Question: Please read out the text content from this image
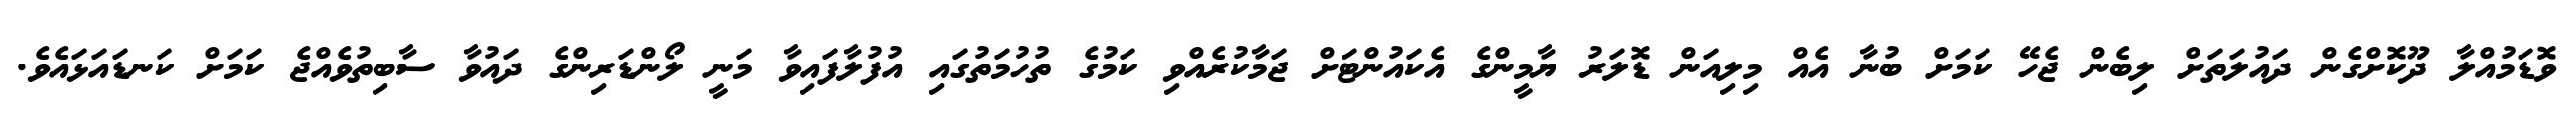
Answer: ވޮޑަމުއްލާ ދޫކޮށްގެން ދައުލަތަށް ލިބެން ޖެހޭ ކަމަށް ބުނާ އެއް މިލިއަން ޑޮލަރު ޔާމީންގެ އެކައުންޓަށް ޖަމާކުރެއްވި ކަމުގެ ތުހުމަތުގައި އުފުލާފައިވާ މަނީ ލޯންޑަރިންގެ ދައުވާ ސާބިތުވެއްޖެ ކަމަށް ކަނޑައަޅައެވެ.